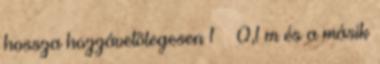
hossza hozzávetõlegesen 1 ± 0,1 m és a másik